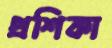
প্রশিকা